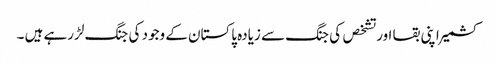
کشمیر اپنی بقا اور تشخص کی جنگ سے زیادہ پاکستان کے وجود کی جنگ لڑرہے ہیں ۔